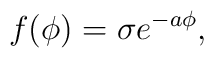
f(\phi)=\sigma e^{-a\phi},